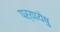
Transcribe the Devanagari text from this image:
पर्यायेषु